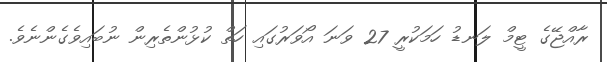
ރާއްޖޭގެ ޓީމް ލަނޑު ހަމަކުރީ 27 ވަނަ އޯވަރުގައި ހަތް ކުޅުންތެރިން ނުބައިވެގެންނެވެ.